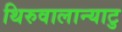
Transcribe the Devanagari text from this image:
थिरुवालान्याटु